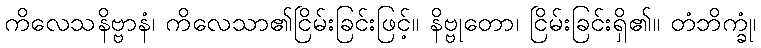
ကိလေသနိဗ္ဗာနံ၊ ကိလေသာ၏ငြိမ်းခြင်းဖြင့်။ နိဗ္ဗုတော၊ ငြိမ်းခြင်းရှိ၏။ တံဘိက္ခုံ၊